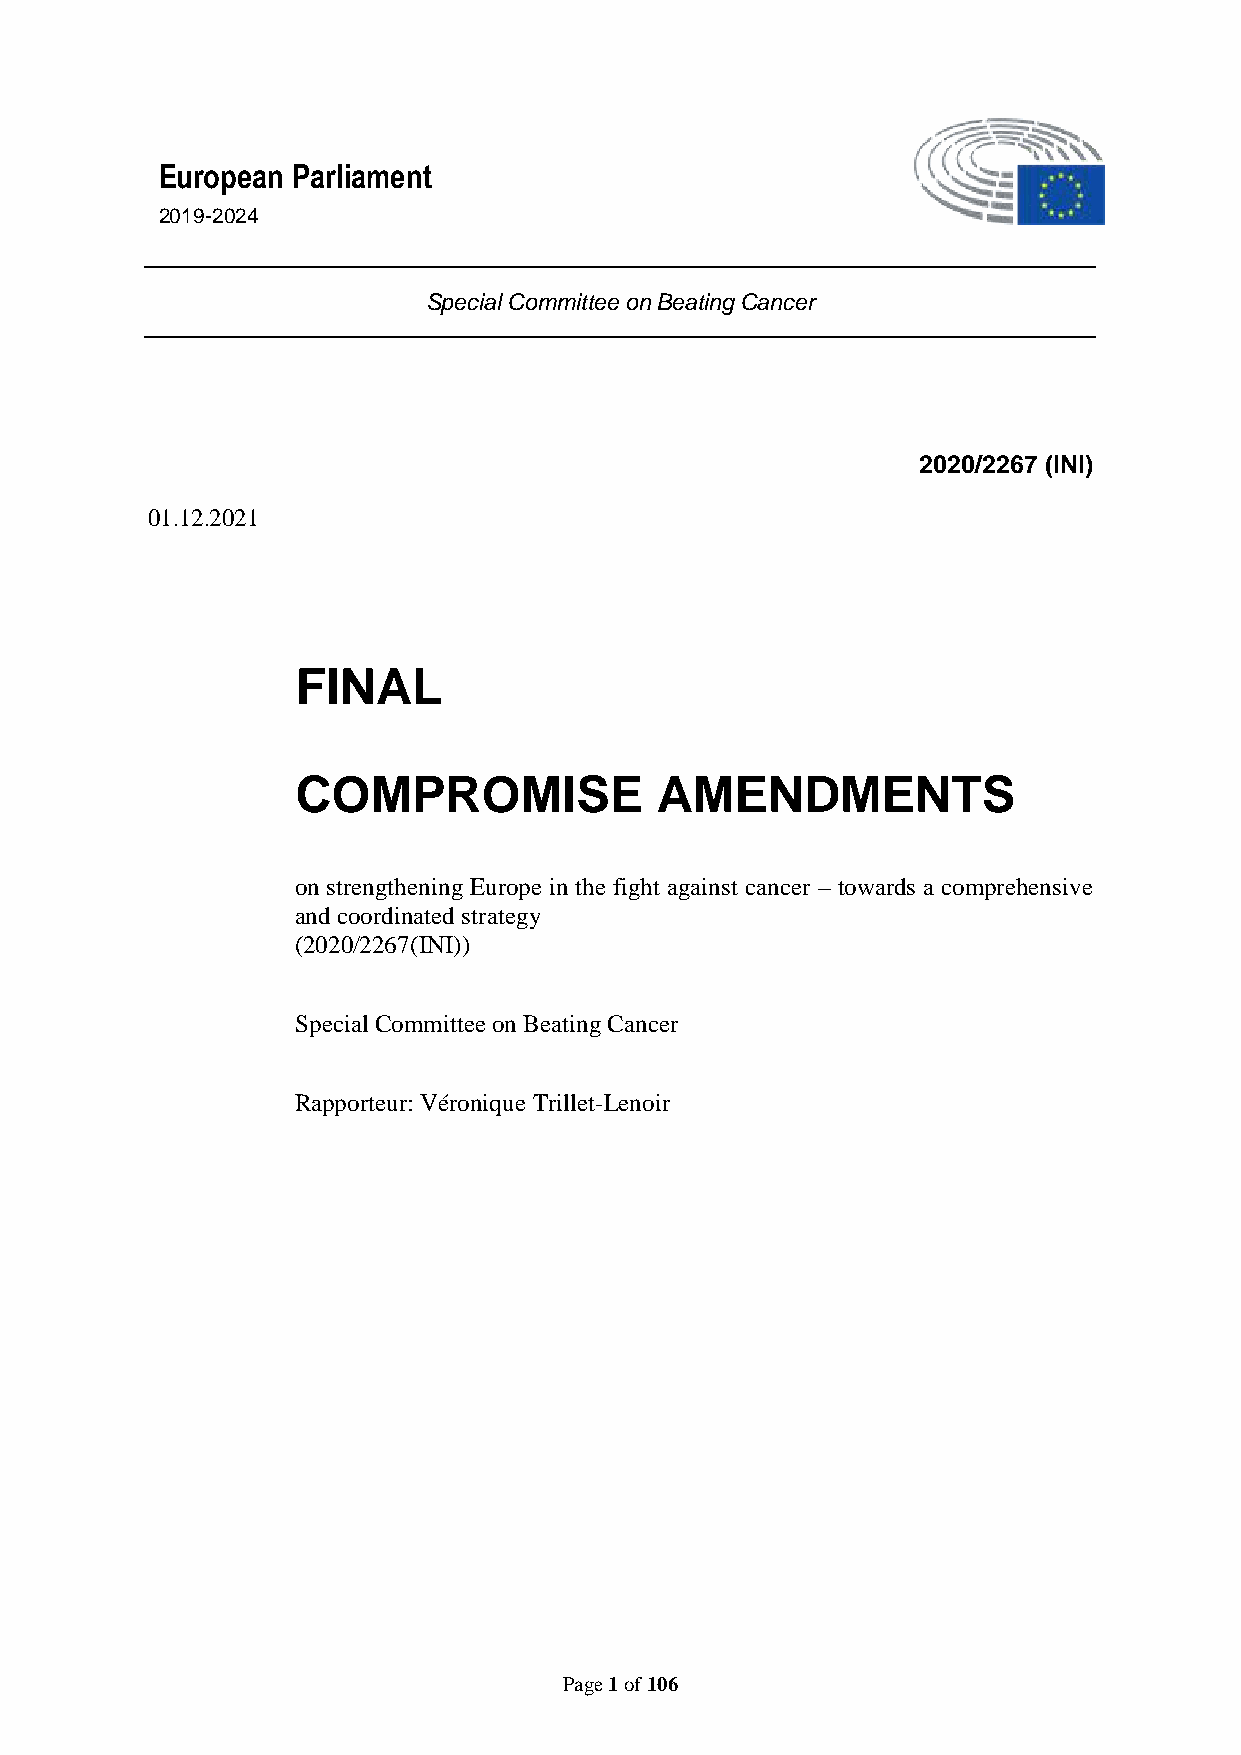
European Parliament
 2019-2024
 Special Committee on Beating Cancer
 2020/2267 (INI)
 01.12.2021
 FINAL
 COMPROMISE             AMENDMENTS
 on strengthening Europe in the fight against cancer – towards a comprehensive
 and coordinated strategy
 (2020/2267(INI))
 Special Committee on Beating Cancer
 Rapporteur: Véronique Trillet-Lenoir
 Page 1 of 106